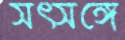
সৎসঙ্গে